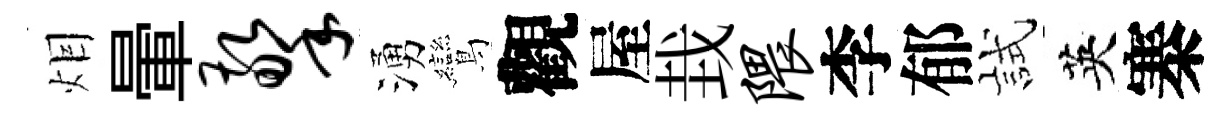
𤇆暈擎湧鸞觀屋㘽隈李郁試英寨